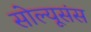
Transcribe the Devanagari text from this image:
सोल्यूसंस